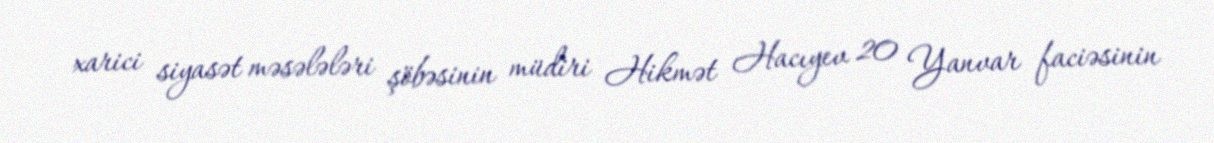
xarici siyasət məsələləri şöbəsinin müdiri Hikmət Hacıyev 20 Yanvar faciəsinin